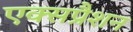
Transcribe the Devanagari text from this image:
एक्सप्रैशन